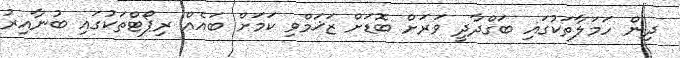
ދިން ހަމަލާތަކުގައި ބަގްދާދީ ވަރަށް ބޮޑަށް ޒަޚަމްވި ކަމަށް ބައެއް ރިޕޯޓްތަކުގައި ބުނާއިރު